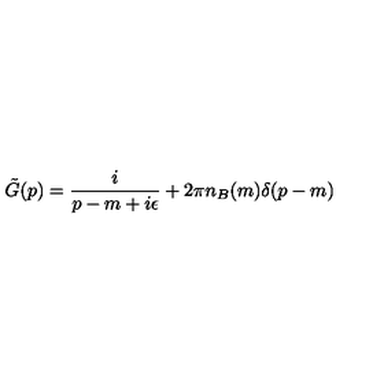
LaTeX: \tilde { G } ( p ) = \frac { i } { p - m + i \epsilon } + 2 \pi n _ { B } ( m ) \delta ( p - m )